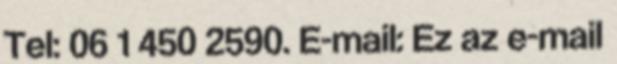
Tel: 06 1 450 2590. E-mail: Ez az e-mail